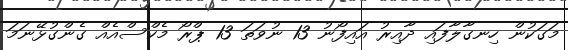
މަގަކުން ހިނގާލާފައި ދާއިރު އައިފޯނު 13 ނުވަތަ 13 ޕްރޯ މެކްސްއެއް ގެންގުޅޭނަމަ